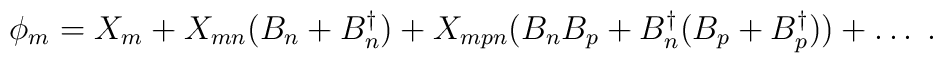
\phi_{m} = X_{m} + X_{mn}( B_{n}+ B_{n}^{\dagger}) + X_{mpn}(B_{n}B_{p} + B_{n}^{\dagger}( B_{p}+ B_{p}^{\dagger})) + \ldots \;.